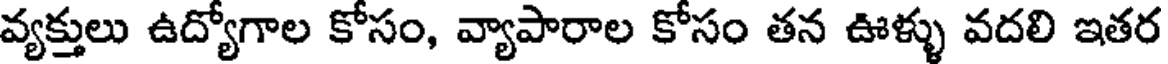
వ్యక్తులు ఉద్యోగాల కోసం, వ్యాపారాల కోసం తన ఊళ్ళు వదలి ఇతర